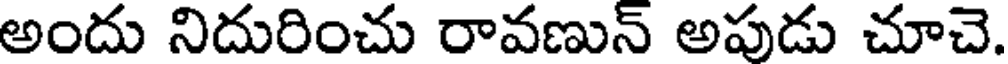
అందు నిదురించు రావణున్ అపుడు చూచె.